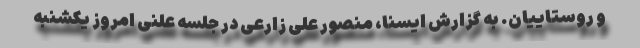
و روستاییان. به گزارش ایسنا، منصور علی زارعی در جلسه علنی امروز یکشنبه